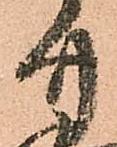
廿